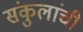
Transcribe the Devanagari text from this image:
संकुलांची